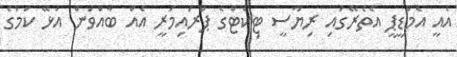
އެއީ އެމްޑީޕީ އެތެރޭގައި ރިޔާސީ ޓިކެޓްގެ ޕްރައިމަރީ އެއް ބާއްވަން އުޅޭ ކަމުގެ